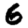
Digit: 6